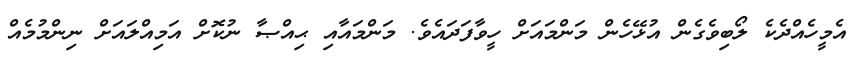
އެމީހެއްދެކެ ލޯބިވެގެން އުޅޭހެން މަންމައަށް ހީވާފަދައެވެ. މަންމައާއި ޙިއްޞާ ނުކޮށް އަމިއްލައަށް ނިންމުމެއް